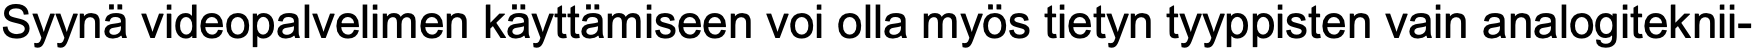
Syynä videopalvelimen käyttämiseen voi olla myös tietyn tyyppisten vain analogiteknii-